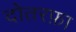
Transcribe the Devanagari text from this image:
दोतरफ़ा